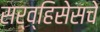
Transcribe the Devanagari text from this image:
सर्व्हिसेसचे